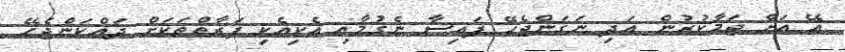
އޭ އަށް ޖަމާކުރުން އަދި ނަގަންޖެހޭ ފައިސާ ނެގުމާއި އެކިއެކި ފަރާތްތަކަށް ދައްކަންޖެހޭ